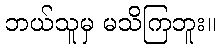
ဘယ်သူမှ မသိကြဘူး။